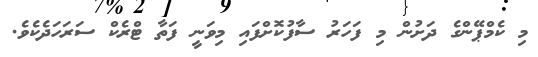
މި ކެމްޕޭންގެ ދަށުން މި ފަހަރު ސާފުކޮށްފައި މިވަނީ ފަތާ ޓްރެކް ސަރަހަދެކެވެ.